Vaccination North-Western Provinces 1866-1877 - 1866-1877
Year: 1866
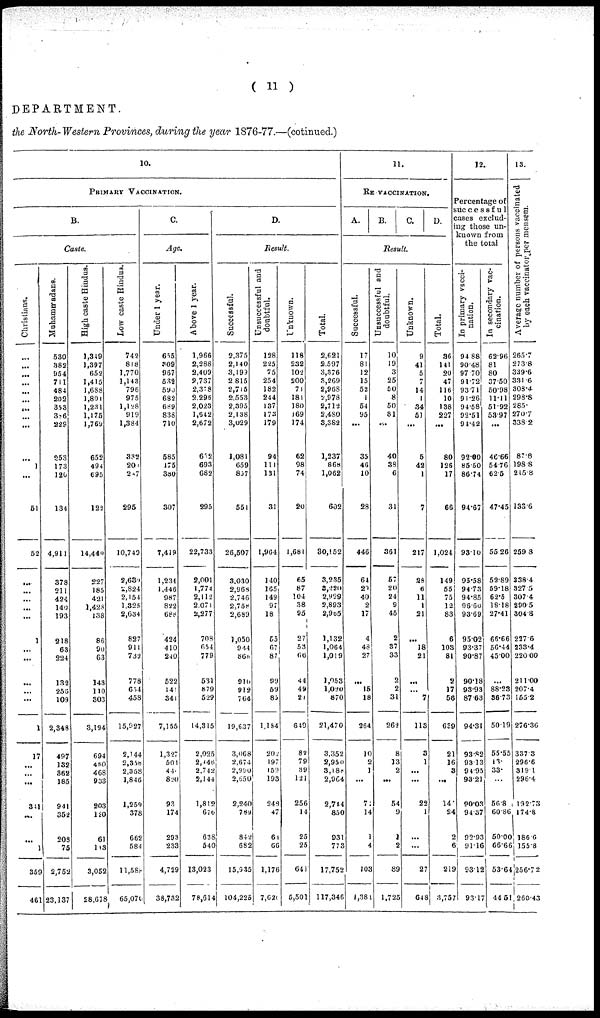
( 11 )
DEPARTMENT.
the North-Western Provinces, (During the year 1876-77.—(cotinued.)
10.
PRIMARY VACCINATION.
B.
Caste.
Christians.
...
...
...
...
...
...
...
...
...
1
...
51
52
...
...
...
...
...
1
...
...
...
...
...
1
17
...
...
...
341
...
...
1
359
461
Muhammadans.
530
382
954
711
484
202
353
386
229
253
173
120
134
4,911
378
211
424
140
193
218
63
224
132
256
109
2,348
497
132
362
185
941
352
208
75
2,752
23,137
High caste Hindus.
1,349
1,397
652
1,415
1,688
1,801
1,231
1,175
1,769
652
494
695
122
14,440
227
185
421
1,428
138
86
90
63
143
110
303
3,194
694
460
468
933
203
l20
61
113
3,052
28.678
Low caste Hindus.
742
818
1,770
1,143
796
975
1,128
919
1,384
332
201
237
295
10,740
2,630
2,824
2,154
1,325
2,634
827
911
732
778
654
458
15,927
2,144
2,358
2,358
1,846
1,259
378
662
584
11,589
65,070
c.
Age.
Under 1 year.
655
309
967
532
590
682
689
838
710
585
175
380
307
7,419
1,234
1,446
987
822
688
424
410
240
522
141
341
7,155
1,327
501
441
820
93
174
293
233
4,729
38,732
Above 1 year.
1,966
2,288
2,409
2,737
2,318
2.296
2,023
1,642
2,672
662
693
682
295
22,733
2,001
1,774
2,112
2,071
2,277
708
654
779
531
879
529
14,315
2,025
2,446
2,742
2,444
1,812
676
638
540
13,023
78,614
D.
Result.
Successful.
2,375
2,140
3,199
2,815
2,715
2,553
2,395
2,138
3,029
1,081
659
857
551
26,507
3.030
2,968
2,746
2,758
2,689
1,050
944
866
916
912
764
19,637
3,068
2,674
2,990
2,650
2,240
789
842
682
15,935
104,225
Unsuccessful and
doubtful.
128
225
75
254
182
244
137
173
179
94
111
131
31
1,964
140
165
149
97
18
55
67
87
99
59
85
1,184
202
197
159
193
243
47
61
66
1,176
7,620
Unknown.
118
232
102
200
71
181
180
169
174
62
98
74
20
1,681
65
87
104
38
95
27
53
66
44
49
21
649
82
79
39
121
256
14
25
25
641
5,501
Total.
2,621
2.597
3,376
3,269
2,96S
2,978
2,712
2,480
3,382
1,237
868
1,062
602
30,152
3,235
3,220
2,999
2,893
2,965
1,132
1,064
1,019
1,053
1,020
870
21,470
3,352
2,950
3,l88
2,964
2,744
850
931
773
17,752
117,346
11.
RE VACCINATION.
A.
B.
C. D.
Result.
Successful.
17
81
12
15
52
1
54
95
...
35
46
10
28
446
64
29
40
2
17
4
48
27
...
15
18
264
10
2
1
...
71
14
1
4
103
1,384
Unsuccessful and
doubtful.
10
19
3
25
50
8
50
81
...
40
38
6
31
361
57
20
24
9
45
2
37
33
2
2
31
262
8
13
2
...
54
9
1
2
89
1,725
Unknown.
9
41
5
7
14
1
34
51
...
6
42
1
7
217
28
6
11
1
21
...
18
21
...
...
7
113
3
1
...
...
22
1
...
...
27
648
Total.
96
141
20
47
116
10
138
227
...
80
126
17
66
1,024
149
55
75
12
83
6
103
81
2
17
56
639
21
16
3
...
14
24
2
6
219
3,757
12.
Percentage of
successful
cases exclud-
ing those un-
known from
the total
In primary vacci-
nation.
94.88
90.48
97.70
91.72
93.71
91.26
94.58
92.51
94.42
92.00
85.60
86.74
94.67
93.10
95.58
94.73
94.85
96.60
93.69
95.02
93.37
90.87
90.18
93.93
87.63
94.31
93.82
93.13
94.95
93.21
90.03
94.37
92.93
91.16
93.12
93.17
In secondary vac-
cination.
62.96
81
80
37.50
50.98
11.11
51.92
53.97
...
46.66
54.76
62.5
47.45
55.26
52.89
59.18
62.5
18.18
27.41
66.66
56.44
45.00
...
88.23
36.73
50.19
55.55
13.
33.
...
56.8
60.86
50.00
66.66
53.64
44.51
13.
Average number of persons vaccinated
by each vaccinator per mensem.
265.7
273..
339.6
331.6
303.4
298.8
285.
270.7
338.2
87.8
198.8
215.8
133.6
259.3
338.4
327.5
307.4
290.5
304.8
227.6
233.4
220.00
211.00
207.4
155.2
276.36
337.3
296.6
319.1
296.4
192.73
174.8
186.6
155.8
256.7 2
260.43